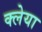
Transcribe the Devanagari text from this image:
क्लेया